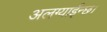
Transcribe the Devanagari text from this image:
अलग्याईन्छ।